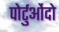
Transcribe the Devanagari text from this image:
पोर्टुओंदो